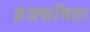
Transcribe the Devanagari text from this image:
व्रजकविता